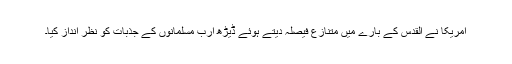
امریکا نے القدس کے بارے میں متنازع فیصلہ دیتے ہوئے ڈیڑھ ارب مسلمانوں کے جذبات کو نظر انداز کیا۔